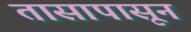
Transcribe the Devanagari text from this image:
तासापासून